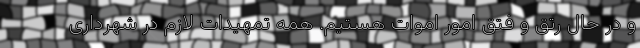
و در حال رتق و فتق امور اموات هستیم. همه تمهیدات لازم در شهرداری